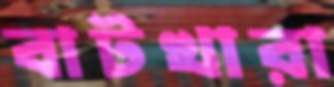
বাটখারা